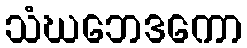
သံဃဘေဒကော